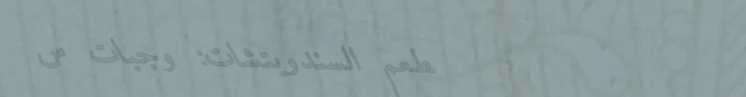
مطعم السندويتشات: وجبات س